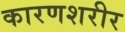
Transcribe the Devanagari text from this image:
कारणशरीर